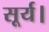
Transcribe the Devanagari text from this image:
सूर्य।